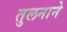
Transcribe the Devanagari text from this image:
तुलनाने